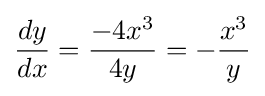
{\frac {dy}{dx}}={\frac {-4x^{3}}{4y}}=-{\frac {x^{3}}{y}}